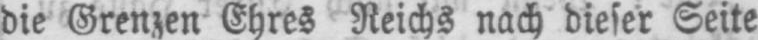
die Grenzen Ehres Reichs nach dieser Seite